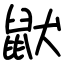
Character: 鼣